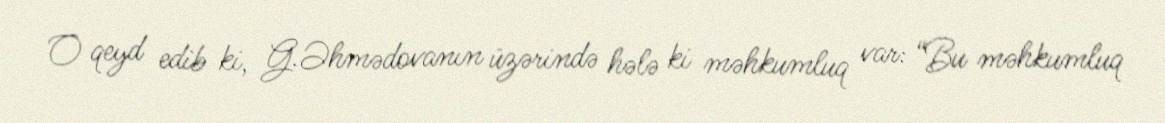
O qeyd edib ki, G.Əhmədovanın üzərində hələ ki məhkumluq var: “Bu məhkumluq